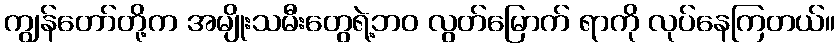
ကျွန်တော်တို့က အမျိုးသမီးတွေရဲ့ဘဝ လွတ်မြောက် ရာကို လုပ်နေကြတယ်။